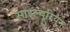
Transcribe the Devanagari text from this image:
साइल्यूरियन